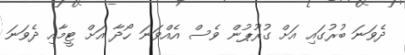
ދެވަނަ ބުރުގައި އަށް ގުރޫޕުން ވެސް އެއްވަނަ ހޯދާ އަށް ޓީމާއި ދެވަނަ